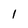
Character: 1